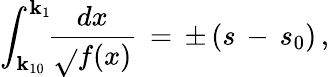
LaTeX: \int_{\mathbf{k}_{10}}^{\mathbf{k}_{1}}\! \! \frac{{dx}}{{\sqrt{}{{f(x)}}}}\, =\, \pm\, (s\, -\, s_{0})\, {,}